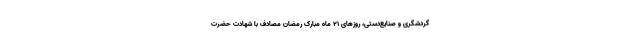
گردشگری و صنایع‌دستی، روزهای ۲۱ ماه مبارک رمضان مصادف با شهادت حضرت